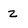
Character: Z